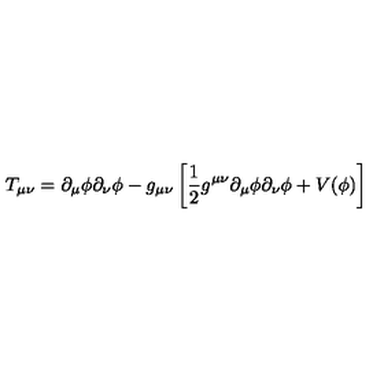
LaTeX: T _ { \mu \nu } = \partial _ { \mu } \phi \partial _ { \nu } \phi - g _ { \mu \nu } \left[ { \frac { 1 } { 2 } } g ^ { \mu \nu } \partial _ { \mu } \phi \partial _ { \nu } \phi + V ( \phi ) \right]